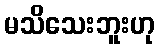
မသိသေးဘူးဟု